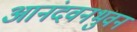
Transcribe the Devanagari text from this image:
आनंदवनभुवन